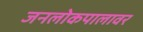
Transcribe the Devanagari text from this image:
जनलोकपालावर